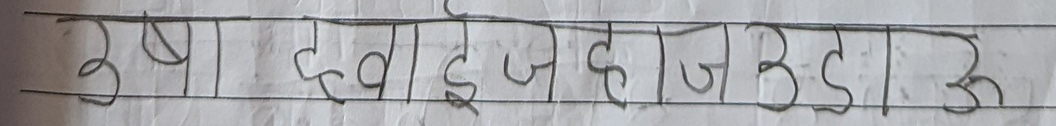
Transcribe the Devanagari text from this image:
ऊषा हवाई जहाज उड़ाओ